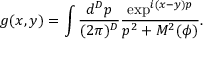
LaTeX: g ( x , y ) = \int \frac { d ^ { D } p } { ( 2 \pi ) ^ { D } } \frac { \exp ^ { i ( x - y ) p } } { p ^ { 2 } + M ^ { 2 } ( \phi ) } .